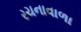
રચનાવાળા